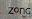
zong